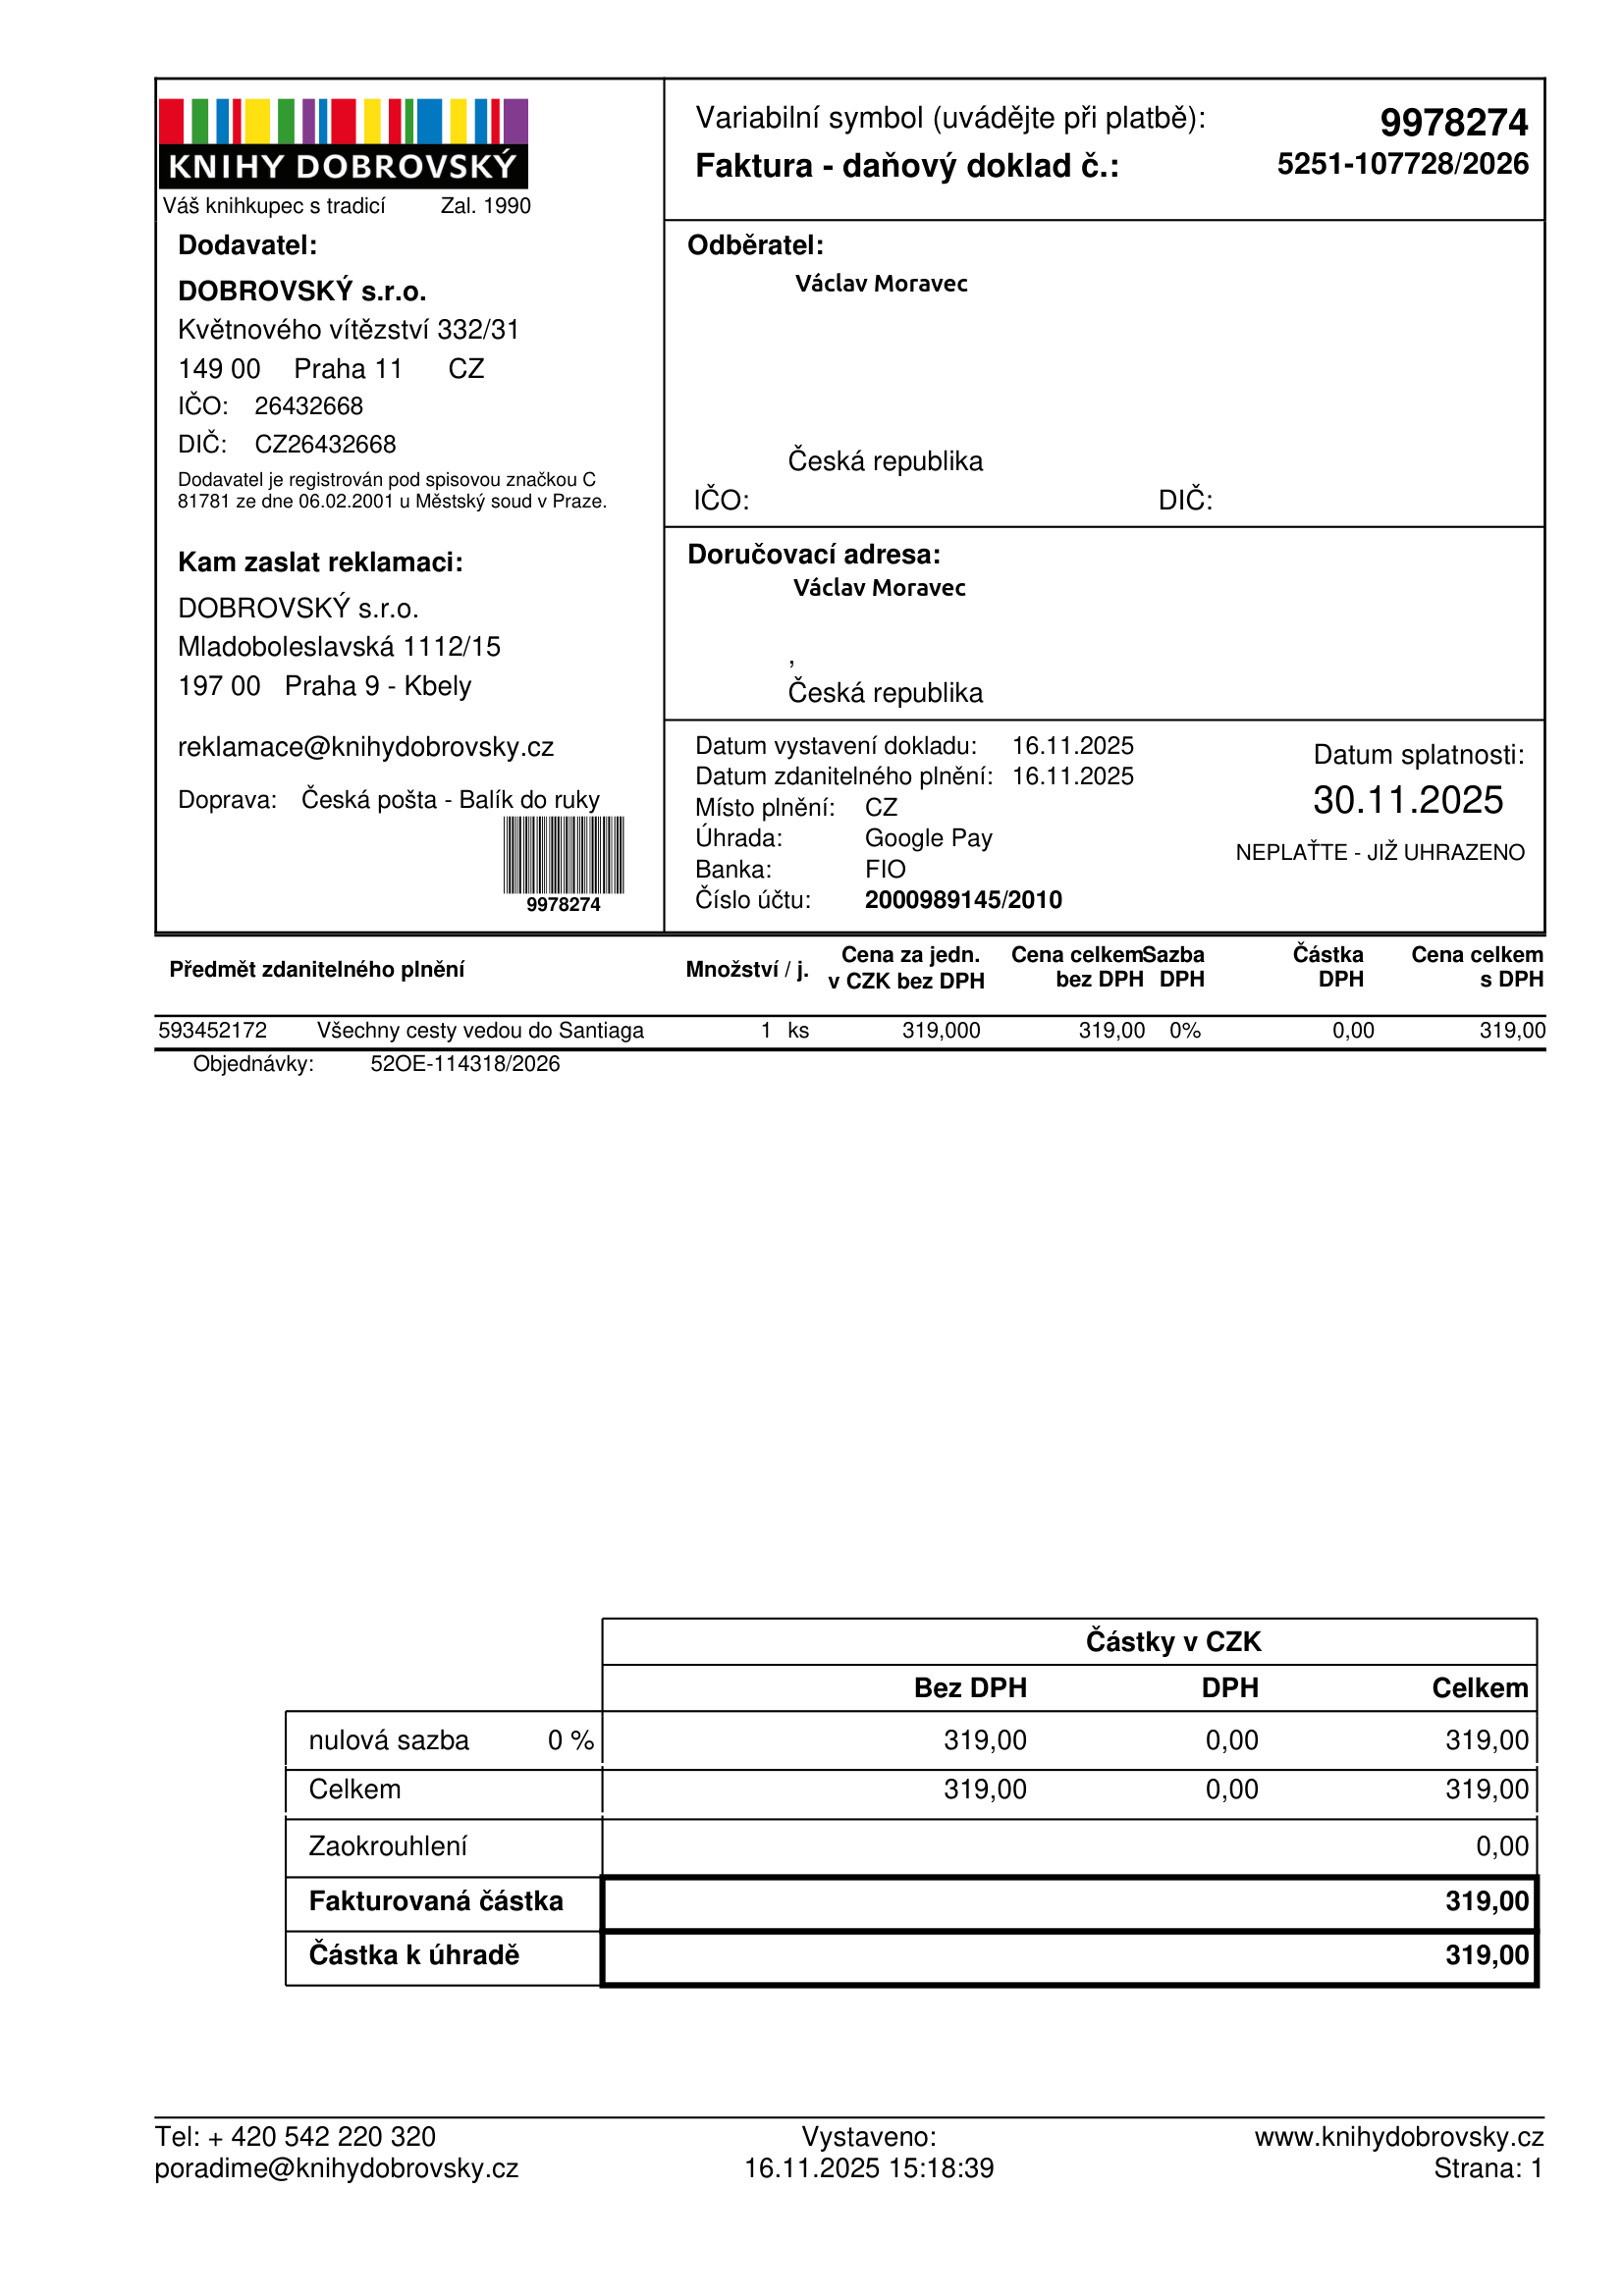
invoice_number: 5251-107728/2026
supp_register_id: 26432668
supp_tax_id: CZ26432668
issue_date: 16.11.2025
taxable_supply_date: 16.11.2025
due_date: 30.11.2025
payment_type: Google Pay
bank_account_number: 2000989145/2010
variable_symbol: 9978274
total: 319,00